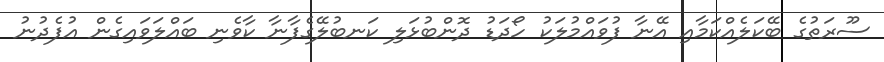
ސޫރަތުގެ ބޭކަލެއްކަމާއި އޭނާ ފުވައްމުލަކު ހޯދަޑު ދޮންބުޅަލި ކަނބުލޭގެފާނާ ކާވެނި ބައްލަވައިގެން އުފެދުނު